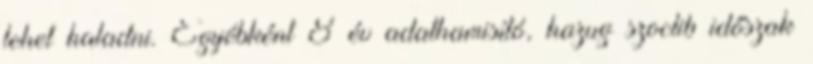
lehet haladni. Egyébként 8 év adathamisító, hazug szoclib időszak